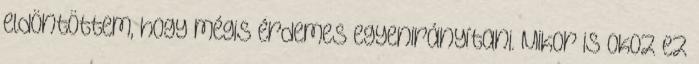
eldöntöttem, hogy mégis érdemes egyenirányítani. Mikor is okoz ez